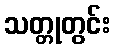
သတ္တုတွင်း